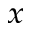
_ x